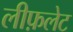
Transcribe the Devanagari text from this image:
लीफ़लेट